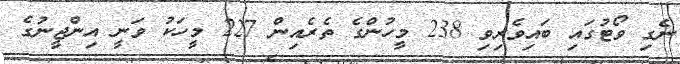
ނެގި ވޯޓުގައި ބައިވެރިވި 238 މީހުންގެ ތެރެއިން 227 މީހަކު ވަނީ އިންޖީނުގެ